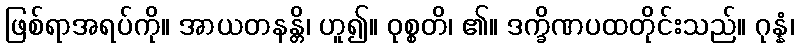
ဖြစ်ရာအရပ်ကို။ အာယတနန္တိ၊ ဟူ၍။ ဝုစ္စတိ၊ ၏။ ဒက္ခိဏပထတိုင်းသည်။ ဂုန္နံ၊